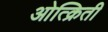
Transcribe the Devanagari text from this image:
ओत्क्रिती